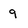
Character: 9